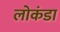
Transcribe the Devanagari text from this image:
लोकंडा